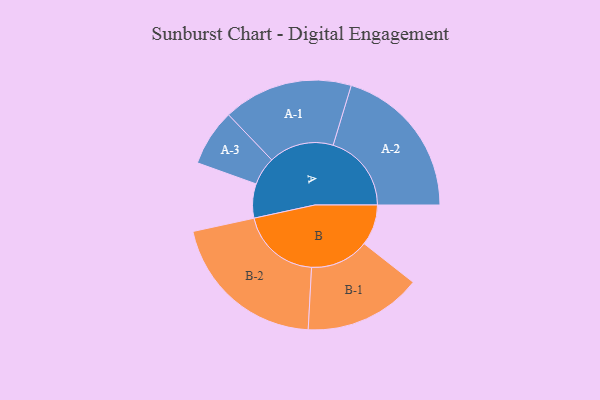
{"axis": {"x": "Segment", "y": "Value"}, "legend": ["", "A", "B"], "data": [{"x": "A", "y": 128, "type": ""}, {"x": "B", "y": 153, "type": ""}, {"x": "A-1", "y": 243, "type": "A"}, {"x": "A-2", "y": 293, "type": "A"}, {"x": "A-3", "y": 106, "type": "A"}, {"x": "B-1", "y": 220, "type": "B"}, {"x": "B-2", "y": 299, "type": "B"}]}